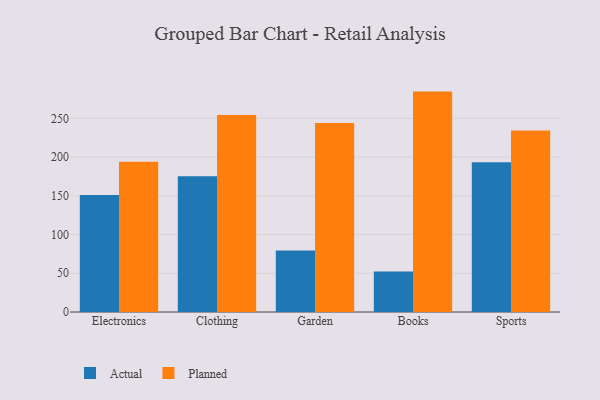
{"axis": {"x": "Category", "y": "Customer Acquisition Cost (USD)"}, "legend": ["Actual", "Planned"], "data": [{"x": "Electronics", "y": 150.9, "type": "Actual"}, {"x": "Electronics", "y": 194.1, "type": "Planned"}, {"x": "Clothing", "y": 175.1, "type": "Actual"}, {"x": "Clothing", "y": 254.2, "type": "Planned"}, {"x": "Garden", "y": 79.3, "type": "Actual"}, {"x": "Garden", "y": 244.0, "type": "Planned"}, {"x": "Books", "y": 52.4, "type": "Actual"}, {"x": "Books", "y": 284.5, "type": "Planned"}, {"x": "Sports", "y": 193.3, "type": "Actual"}, {"x": "Sports", "y": 234.4, "type": "Planned"}]}